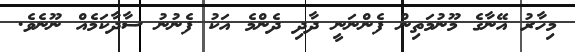
މިހާރު އޭނާގެ މޫނުމަތިން ފެންނަނީ ދާދި ދެންމެ އަކު ފެނުނު ސާދާކަމެއް ނޫނެވެ.